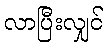
လာပြီးလျှင်